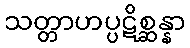
သတ္တာဟပ္ပဋိစ္ဆန္နာ